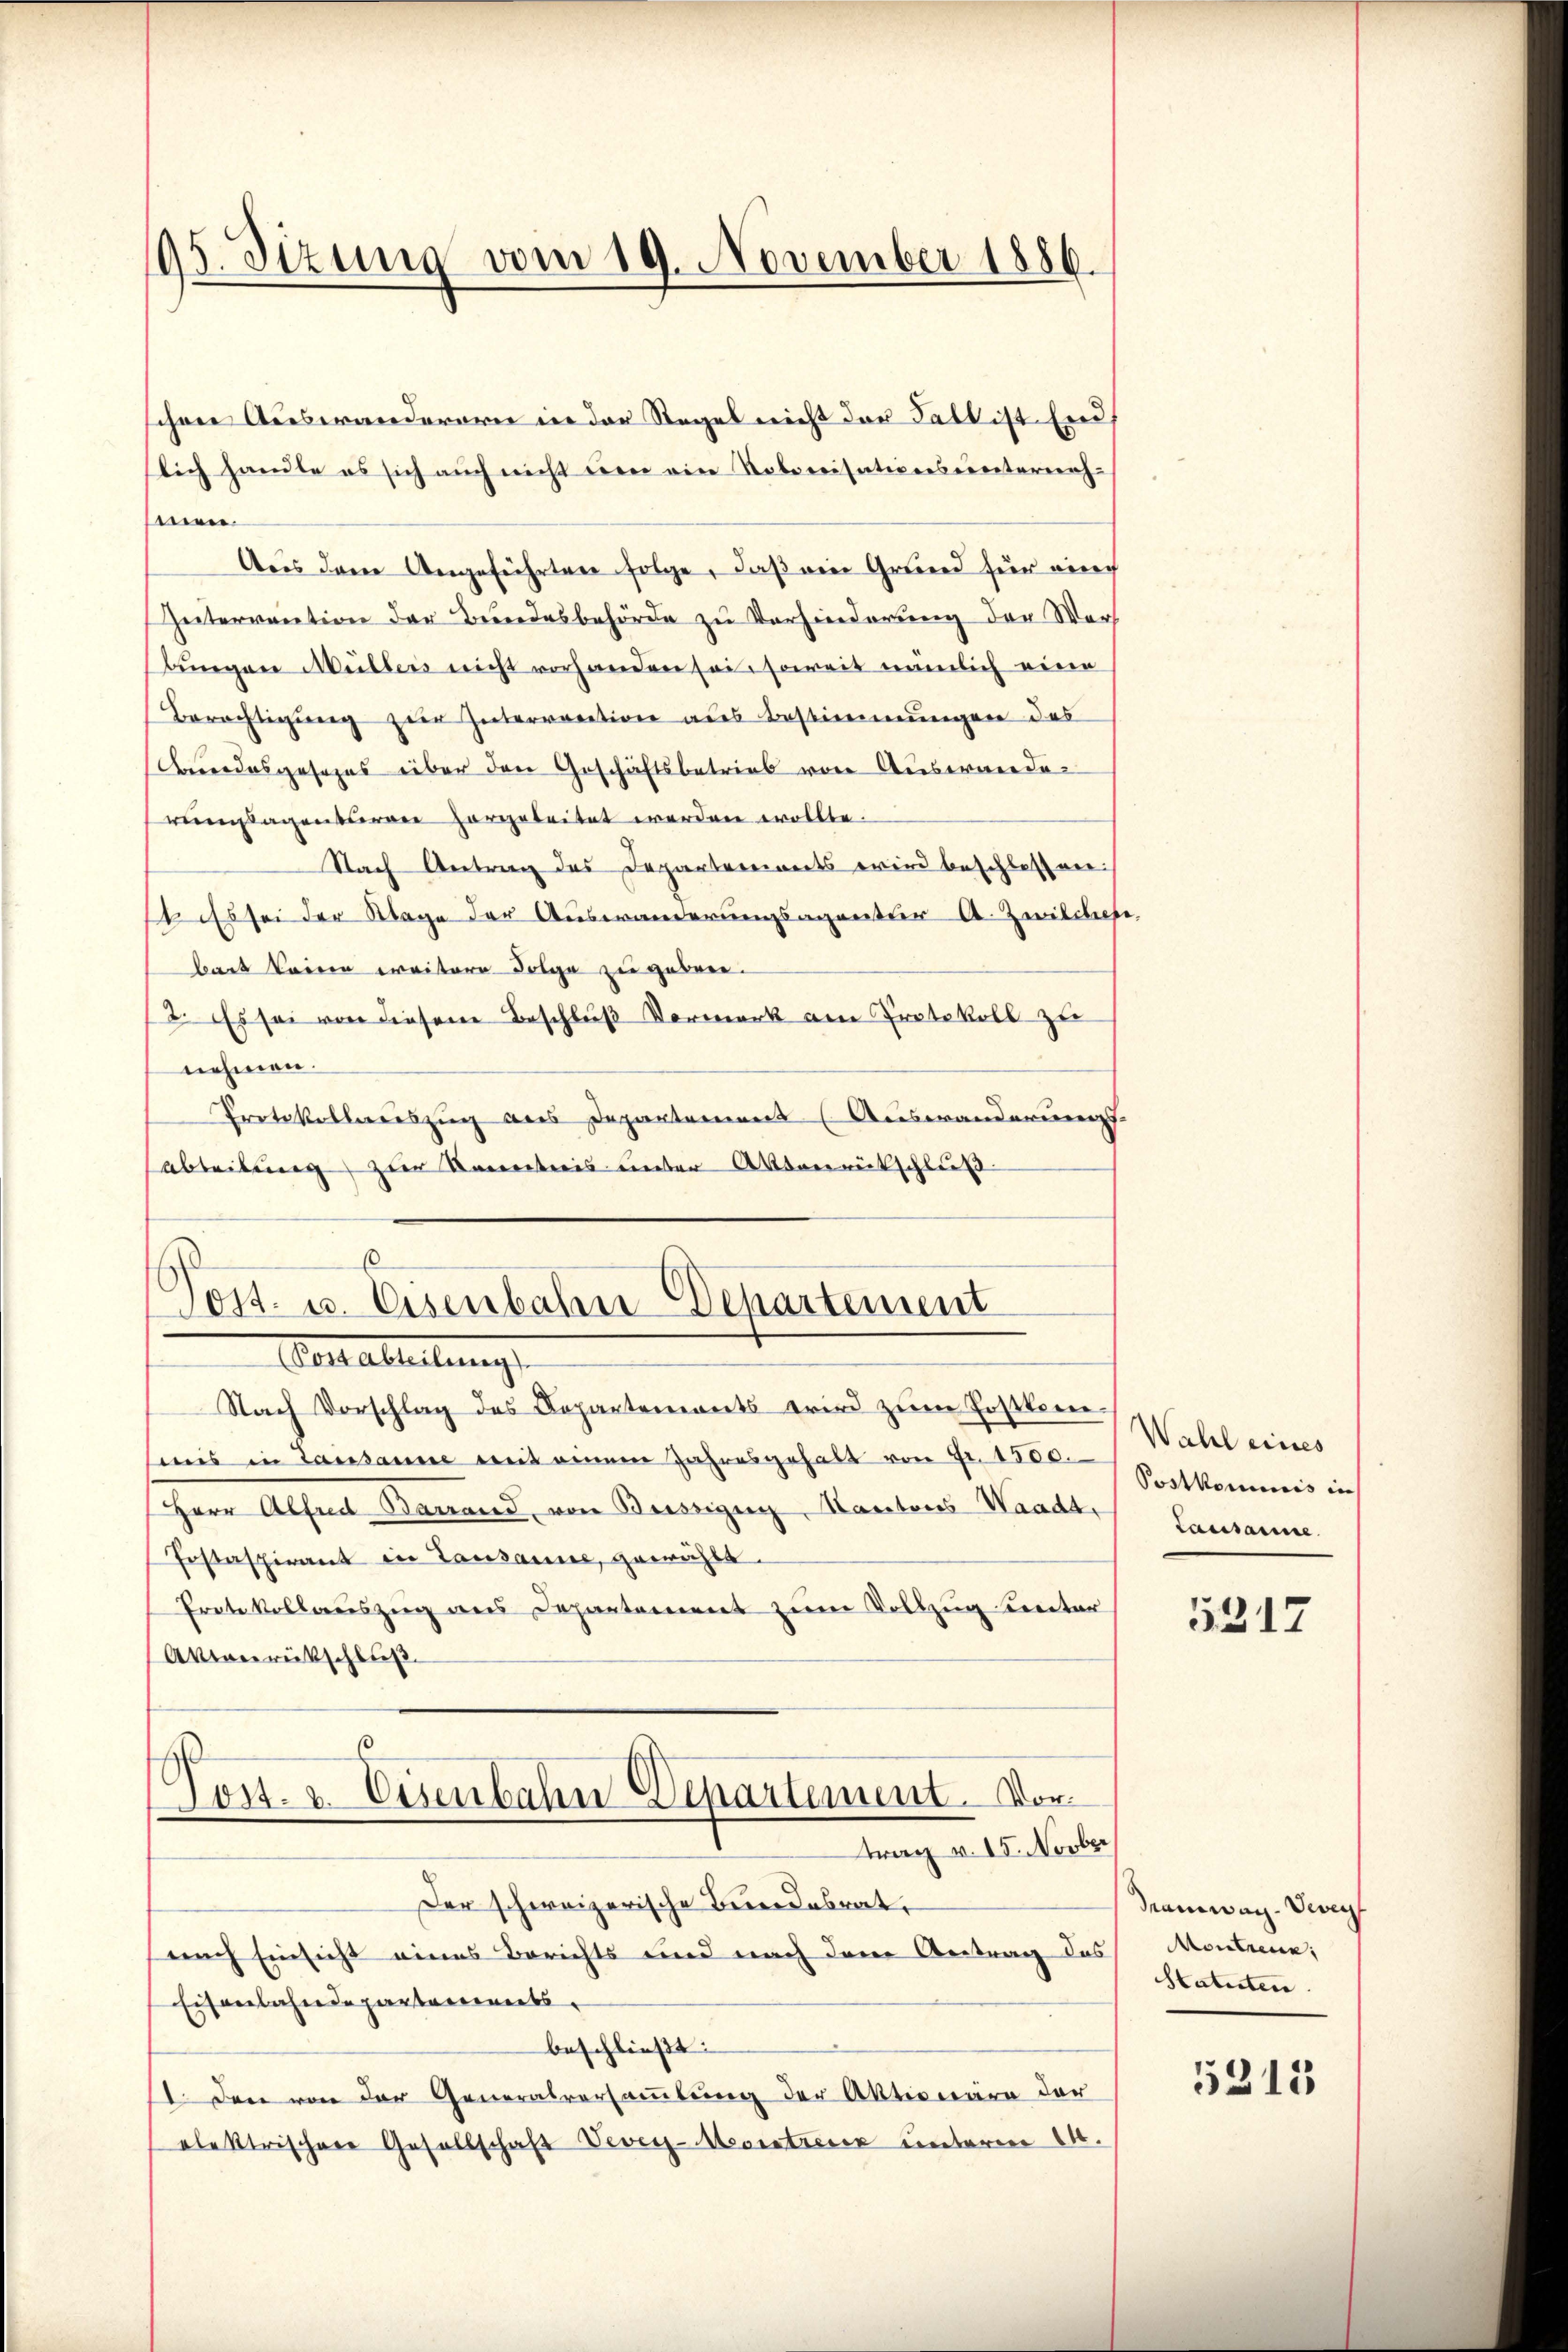
195. Sizung vom 19. November 1886.

schen Auswanderern in der Regel nicht der Fall ist Endflich handle es sich auch nicht um ein Robonisationsunternehmen.
Aus dem Angeführten folge, daß ein Grund für eine
Zeitervention der Bundesbehörde zu Verhinderung der Wert
bŭngen Müllers nicht vorhanden sei soweit nämlich eine
Berechtigung zur Interrection als Bestimmungen des
Berrodesgesezes über den Geschäftsbetrieb von Auswandereienstagenderen vorgeleitet werden wollte.
Nach Antrag des Departements wird beschlossen.
st als sei der Klage der Auswanderungsagentier A. Zwilches
bart keine weitere Folge zu geben.
12. Es sei von diesem Beschluß Vormerk am Protokoll zu
nehmen.
Protokollereiszug aus Departement (Auswanderung
abteilung zur Vereiteris ueber Aktverrückschluß
6

Post- u. Eisenbahn Departement
Verabreitung,

Nach Vorschlag des Departemonts wird zŭm Postkommis in Lausanne mit einem Jahresgehalt von Fr. 1500.
Herr Alfred Barrand von Beisigen, Kantons Waadt,
Jostaspirant in Lausanne, gewählt.
Prete kollauszug aus Departement zum Vollzug unter
Akierrütschluß
Post. v. Eisenbahn Departement. Vortrag v. 15. Novber
Der schweizerische Bundesrat
nach Einsicht eines Berichts und nach den Antrag des
Eisenbahndepartements
beschließt:
I. Den von der Generalversammlung der Aktionäre der
elektrischere Gesellschaft Vevey-Meorstreue unterm 21.

Wahl eines
Postkommnis in
Lausanne.

5317

Tramwach Vevey
Montrenn
Statuten.

5213